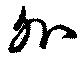
外